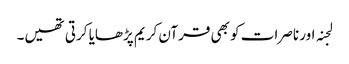
لجنہ اور ناصرات کو بھی قرآن کریم پڑھایا کرتی تھیں۔